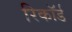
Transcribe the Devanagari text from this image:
रिकाॅर्ड